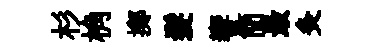
杉桷擲髮響簡最灸